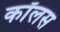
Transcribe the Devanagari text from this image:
कॉलस